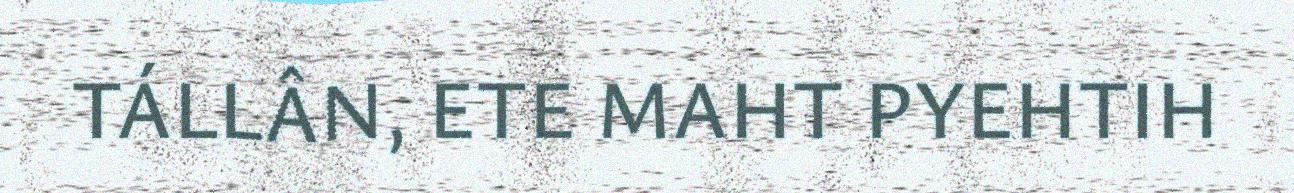
TÁLLÂN, ETE MAHT PYEHTIH